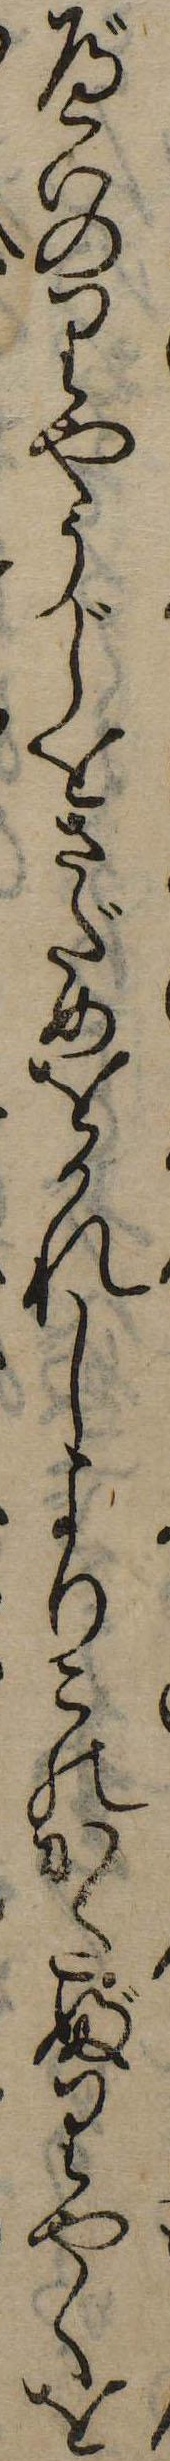
べいのりやうじをさだめをかれしよりこのかたぶりやくを